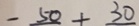
- 5 0 + 3 0